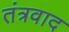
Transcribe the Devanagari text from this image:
तंत्रवाद